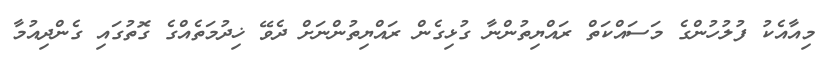
މިއާއެކު ފުލުހުންގެ މަސައްކަތް ރައްޔިތުންނާ ގުޅިގެން ރައްޔިތުންނަށް ދެވޭ ޚިދުމަތެއްގެ ގޮތުގައި ގެންދިއުމާ